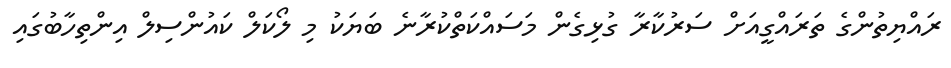
ރައްޔިތުންގެ ތަރައްގީއަށް ސަރުކާރާ ގުޅިގެން މަސައްކަތްކުރާނެ ބަޔަކު މި ލޯކަލް ކައުންސިލް އިންތިހާބުގައި